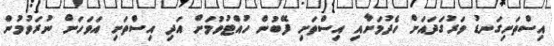
އިސްތަށިގަނޑު ވަރުގަދައަށް ހެދުމަށާއި އިސްތަށި ފޭބުން ހުއްޓުވުމަށް އަދި އިސްތަށި އަވަހަށް ނުރަވުމުން